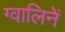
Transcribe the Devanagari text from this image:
ग्वालिनें